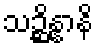
သဉ္ဆိန္နာနိ